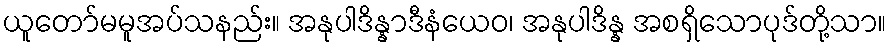
ယူတော်မမူအပ်သနည်း။ အနုပါဒိန္နာဒီနံယေဝ၊ အနုပါဒိန္န အစရှိသောပုဒ်တို့သာ။